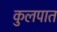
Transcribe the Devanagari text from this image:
कुलपात